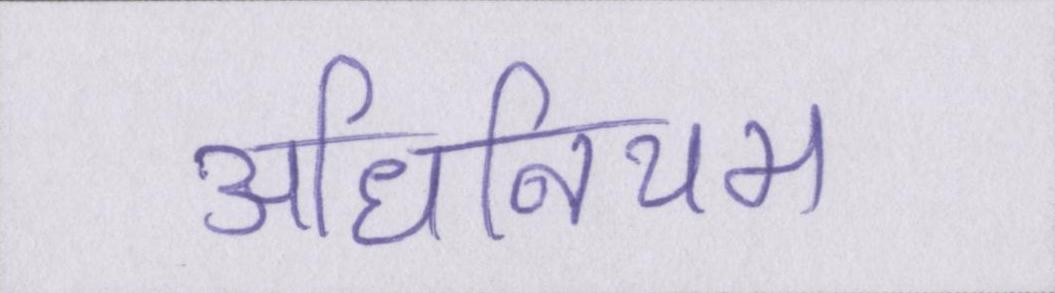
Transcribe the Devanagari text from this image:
अधिनियम